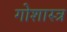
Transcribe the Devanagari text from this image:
गोशास्त्र